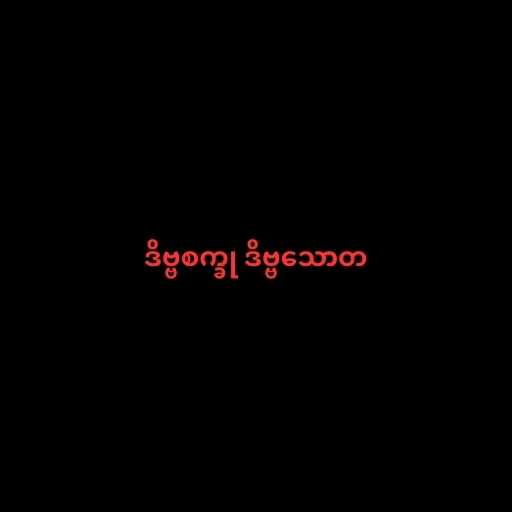
ဒိဗ္ဗစက္ခု ဒိဗ္ဗသောတ